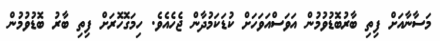
މަސާނާއަށް ފިތި ބާރުބޮޑުވުމުން އަވަސްއަވަހަށް ކުޑަކަމުދާން ޖެހެއެވެ. ހިމަގޮހޮރަށް ފިތި ބާރު ބޮޑުވުމުން